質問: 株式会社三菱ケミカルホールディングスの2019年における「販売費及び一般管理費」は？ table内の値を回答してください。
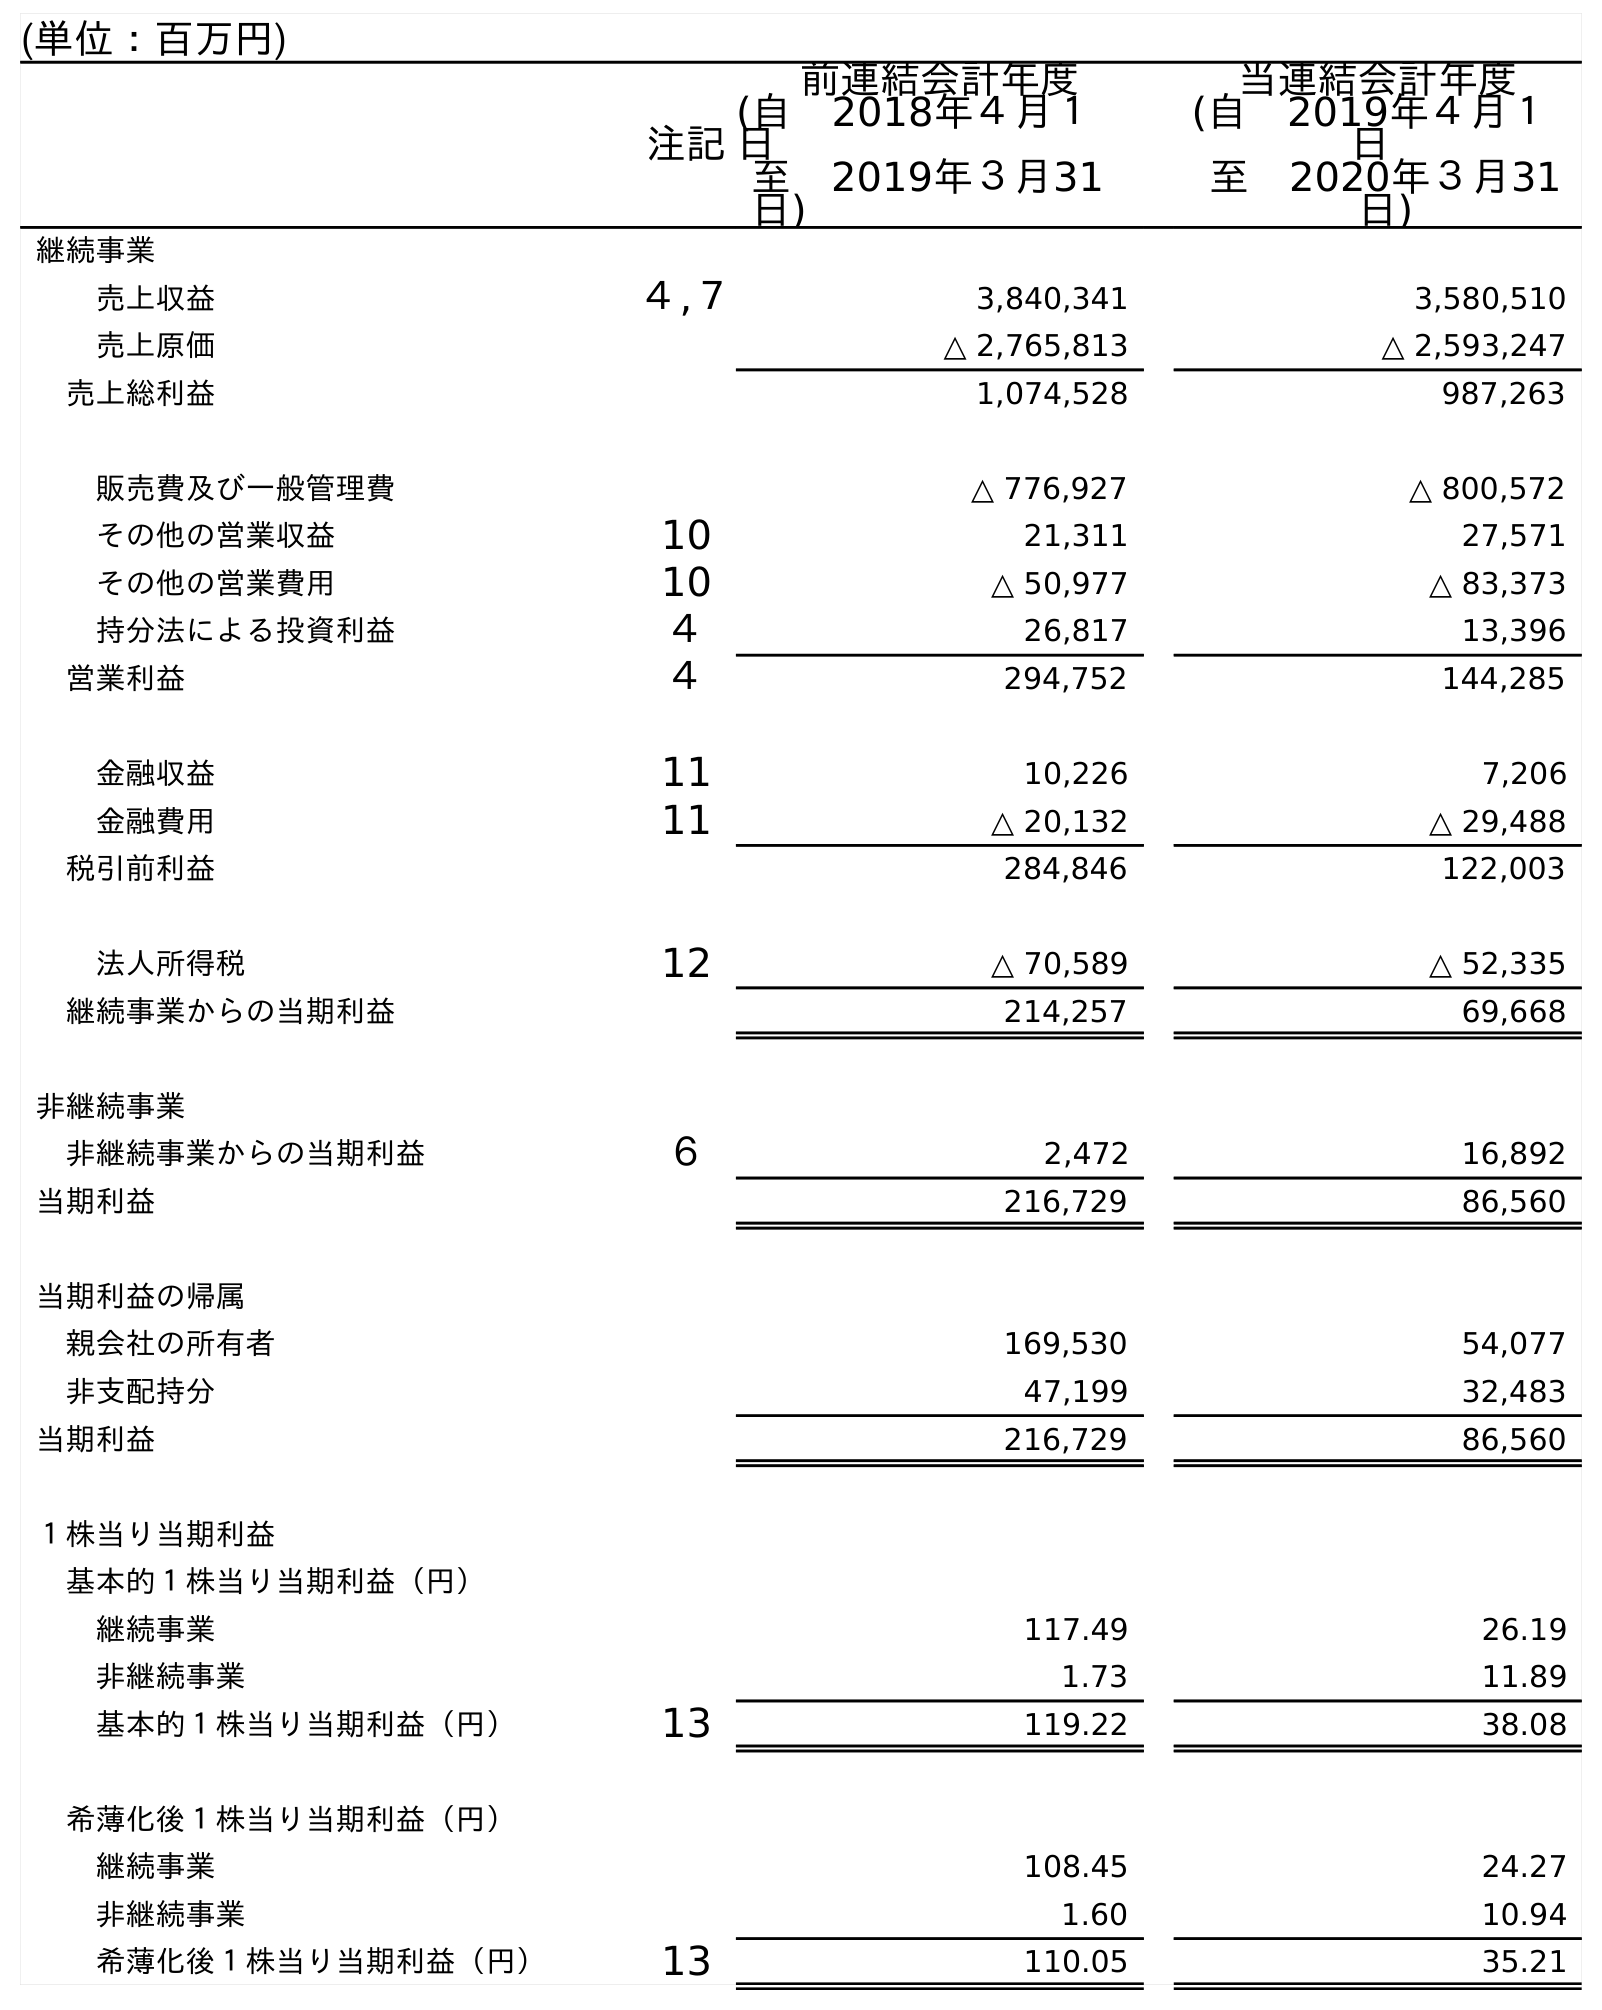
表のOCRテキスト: (単位：百万円) 注記 前連結会計年度 (自 2018年４月１ 日 至 2019年３月31 日) 当連結会計年度 (自 2019年４月１ 日 至 2020年３月31 日) 継続事業 売上収益 ４,７ 3,840,341 3,580,510 売上原価 △ 2,765,813 △ 2,593,247 売上総利益 1,074,528 987,263 販売費及び一般管理費 △ 776,927 △ 800,572 その他の営業収益 10 21,311 27,571 その他の営業費用 10 △ 50,977 △ 83,373 持分法による投資利益 ４ 26,817 13,396 営業利益 ４ 294,752 144,285 金融収益 11 10,226 7,206 金融費用 11 △ 20,132 △ 29,488 税引前利益 284,846 122,003 法人所得税 12 △ 70,589 △ 52,335 継続事業からの当期利益 214,257 69,668 非継続事業 非継続事業からの当期利益 ６ 2,472 16,892 当期利益 216,729 86,560 当期利益の帰属 親会社の所有者 169,530 54,077 非支配持分 47,199 32,483 当期利益 216,729 86,560 １株当り当期利益 基本的１株当り当期利益（円） 継続事業 117.49 26.19 非継続事業 1.73 11.89 基本的１株当り当期利益（円） 13 119.22 38.08 希薄化後１株当り当期利益（円） 継続事業 108.45 24.27 非継続事業 1.60 10.94 希薄化後１株当り当期利益（円） 13 110.05 35.21
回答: △776,927